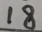
1 8